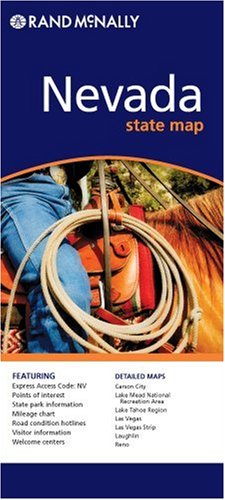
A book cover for Nevada (State Maps-USA); Rand McNally; Travel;